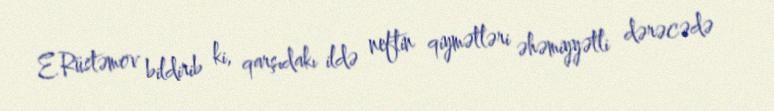
E.Rüstəmov bildirib ki, qarşıdakı ildə neftin qiymətləri əhəmiyyətli dərəcədə